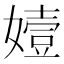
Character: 嬄